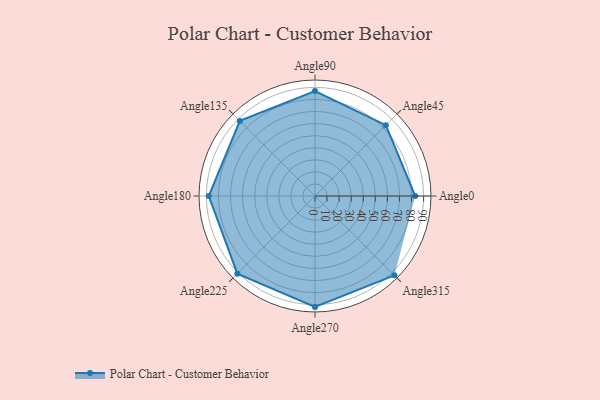
{"axis": {"x": "Angle", "y": "Radius"}, "legend": [""], "data": [{"x": "Angle0", "y": 83.0, "type": ""}, {"x": "Angle45", "y": 83.0, "type": ""}, {"x": "Angle90", "y": 87.0, "type": ""}, {"x": "Angle135", "y": 88.0, "type": ""}, {"x": "Angle180", "y": 88.0, "type": ""}, {"x": "Angle225", "y": 91.0, "type": ""}, {"x": "Angle270", "y": 92.0, "type": ""}, {"x": "Angle315", "y": 93.0, "type": ""}]}